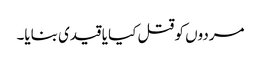
مردوں کو قتل کیا یا قیدی بنایا۔